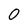
Character: 0